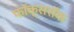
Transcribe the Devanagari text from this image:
फॉक्सरॉक